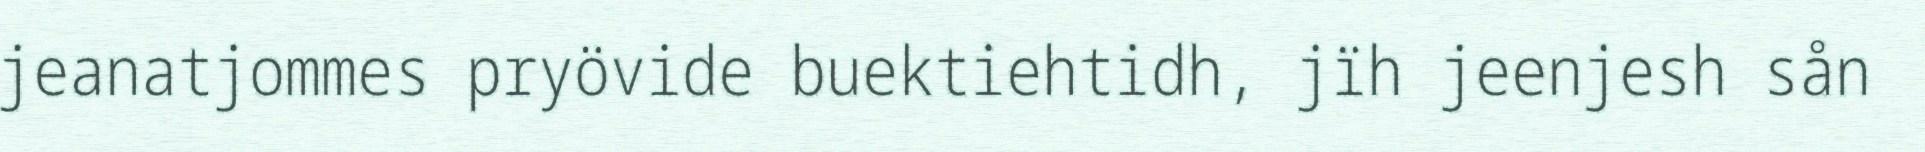
jeanatjommes pryövide buektiehtidh, jïh jeenjesh sån